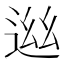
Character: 𨓁